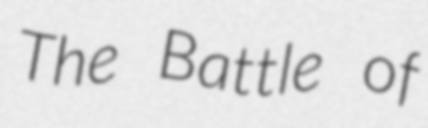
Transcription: The Battle of